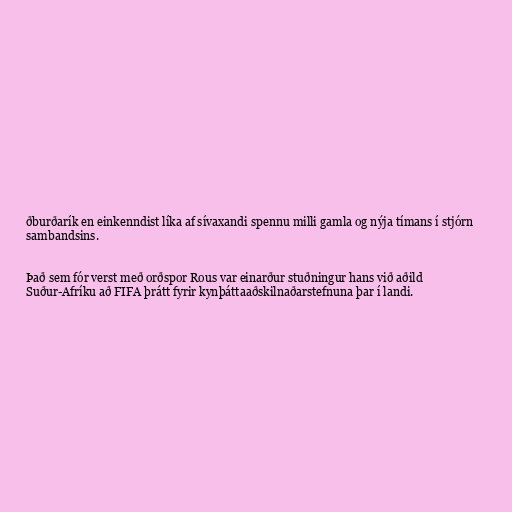
ðburðarík en einkenndist líka af sívaxandi spennu milli gamla og nýja tímans í stjórn
sambandsins.

Það sem fór verst með orðspor Rous var einarður stuðningur hans við aðild
Suður-Afríku að FIFA þrátt fyrir kynþáttaaðskilnaðarstefnuna þar í landi.